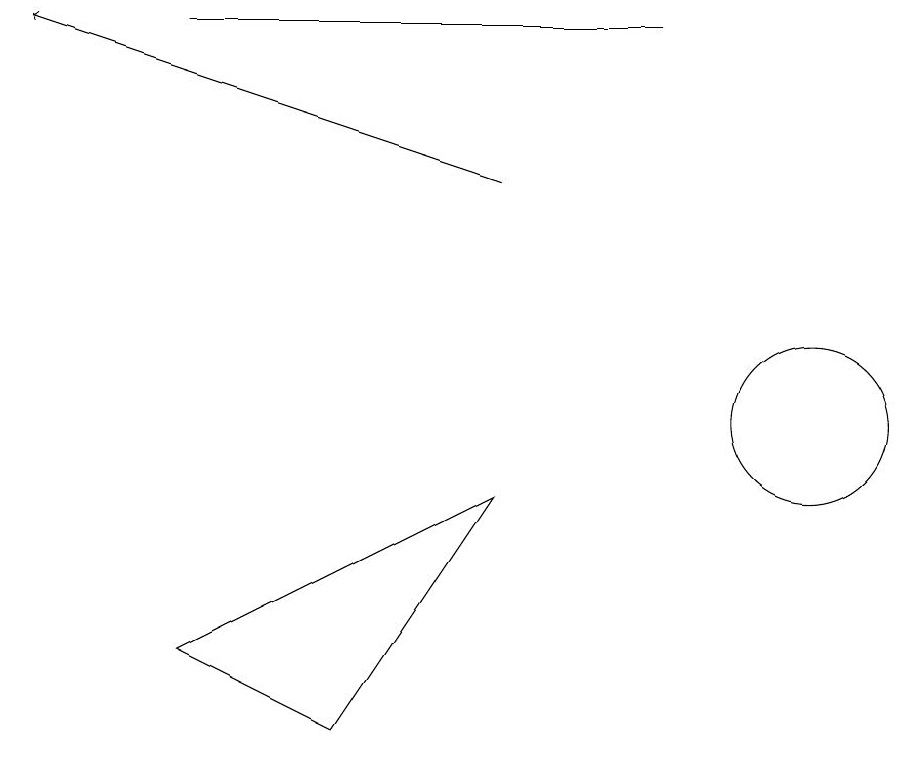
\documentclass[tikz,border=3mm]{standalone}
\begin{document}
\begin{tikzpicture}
\draw (4,6) -- (2,7) -- (6,9) -- cycle;
\draw[->] (6,13) -- (0,15);
\draw (8,15) rectangle (2,15);
\draw (10,10) circle (1);
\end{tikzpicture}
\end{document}